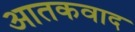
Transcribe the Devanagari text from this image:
आतकवाद